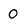
Character: 0